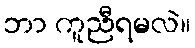
ဘာ ကူညီရမလဲ။